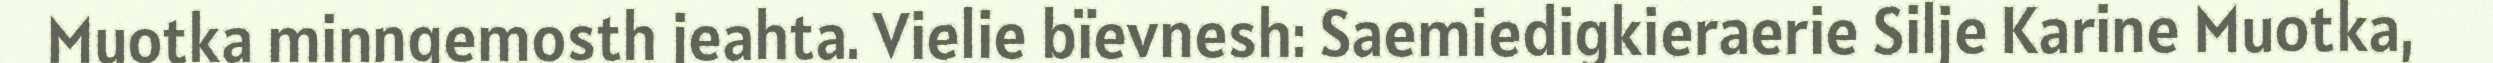
Muotka minngemosth jeahta. Vielie bïevnesh: Saemiedigkieraerie Silje Karine Muotka,